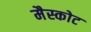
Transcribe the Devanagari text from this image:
मैस्कोट